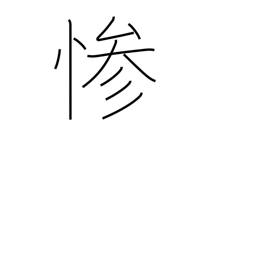
Meaning: cruelty